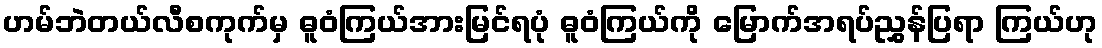
ဟမ်ဘဲတယ်လီစကုက်မှ ဓူဝံကြယ်အားမြင်ရပုံ ဓူဝံကြယ်ကို မြောက်အရပ်ညွှန်ပြရာ ကြယ်ဟု